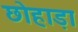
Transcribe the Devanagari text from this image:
छोहाड़ा